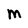
Character: M